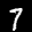
Label: 7